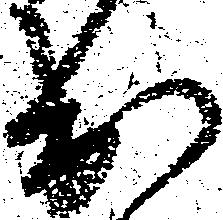
出